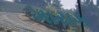
ગાયક